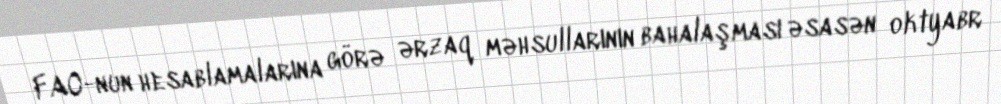
FAO-nun hesablamalarına görə ərzaq məhsullarının bahalaşması əsasən oktyabr